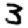
Digit: 3